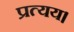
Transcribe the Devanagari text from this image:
प्रत्यय।